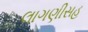
લાગણીસહ